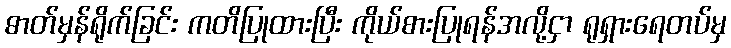
ဓာတ်မှန်ရိုက်ခြင်း ကတိပြုထားပြီး ကိုယ်စားပြုရန်အလို့ငှာ ရုရှားရေတပ်မှ